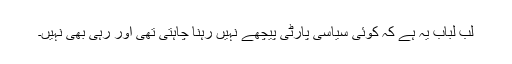
لب لباب یہ ہے کہ کوئی سیاسی پارٹی پیچھے نہیں رہنا چاہتی تھی اور رہی بھی نہیں۔